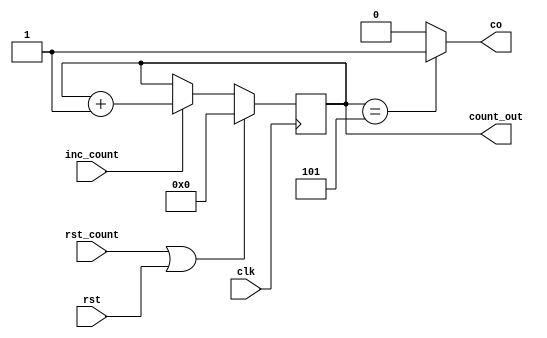
module counter_wrapper(
    clk,
    rst,
    rst_count,
    inc_count,
    co,
    count_out
);
input clk,rst_count,inc_count,rst;
output co;
output reg  [7:0] count_out;
always @(posedge clk) begin
    if(rst_count | rst) begin
        count_out<=8'b0; 
    end
    else begin
            if(inc_count)  begin
                    count_out<=count_out+1;
            end
        end  
end
assign co=(count_out==8'b00000101) ? 1'b1 : 1'b0;
endmodule